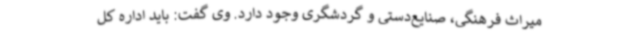
میراث فرهنگی، صنایع‌دستی و گردشگری وجود دارد. وی گفت: باید اداره کل